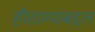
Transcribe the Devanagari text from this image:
हौताम्याबद्दल